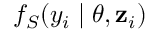
f _ { S } ( y _ { i } \mid \boldsymbol { \theta } , \mathbf { z } _ { i } )